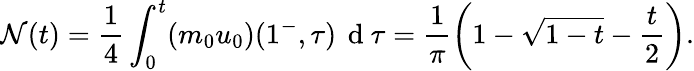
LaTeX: \mathcal{N}(t)=\frac{1}{4}\int_{0}^{t}(m_{0}u_{0})(1^{-},\tau)\, \mathrm{~d~}\tau=\frac{1}{\pi}\left(1-\sqrt{1-t}-\frac{t}{2}\right).